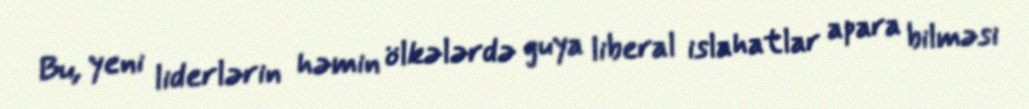
Bu, yeni liderlərin həmin ölkələrdə guya liberal islahatlar apara bilməsi